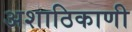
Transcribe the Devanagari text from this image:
अशाठिकाणी